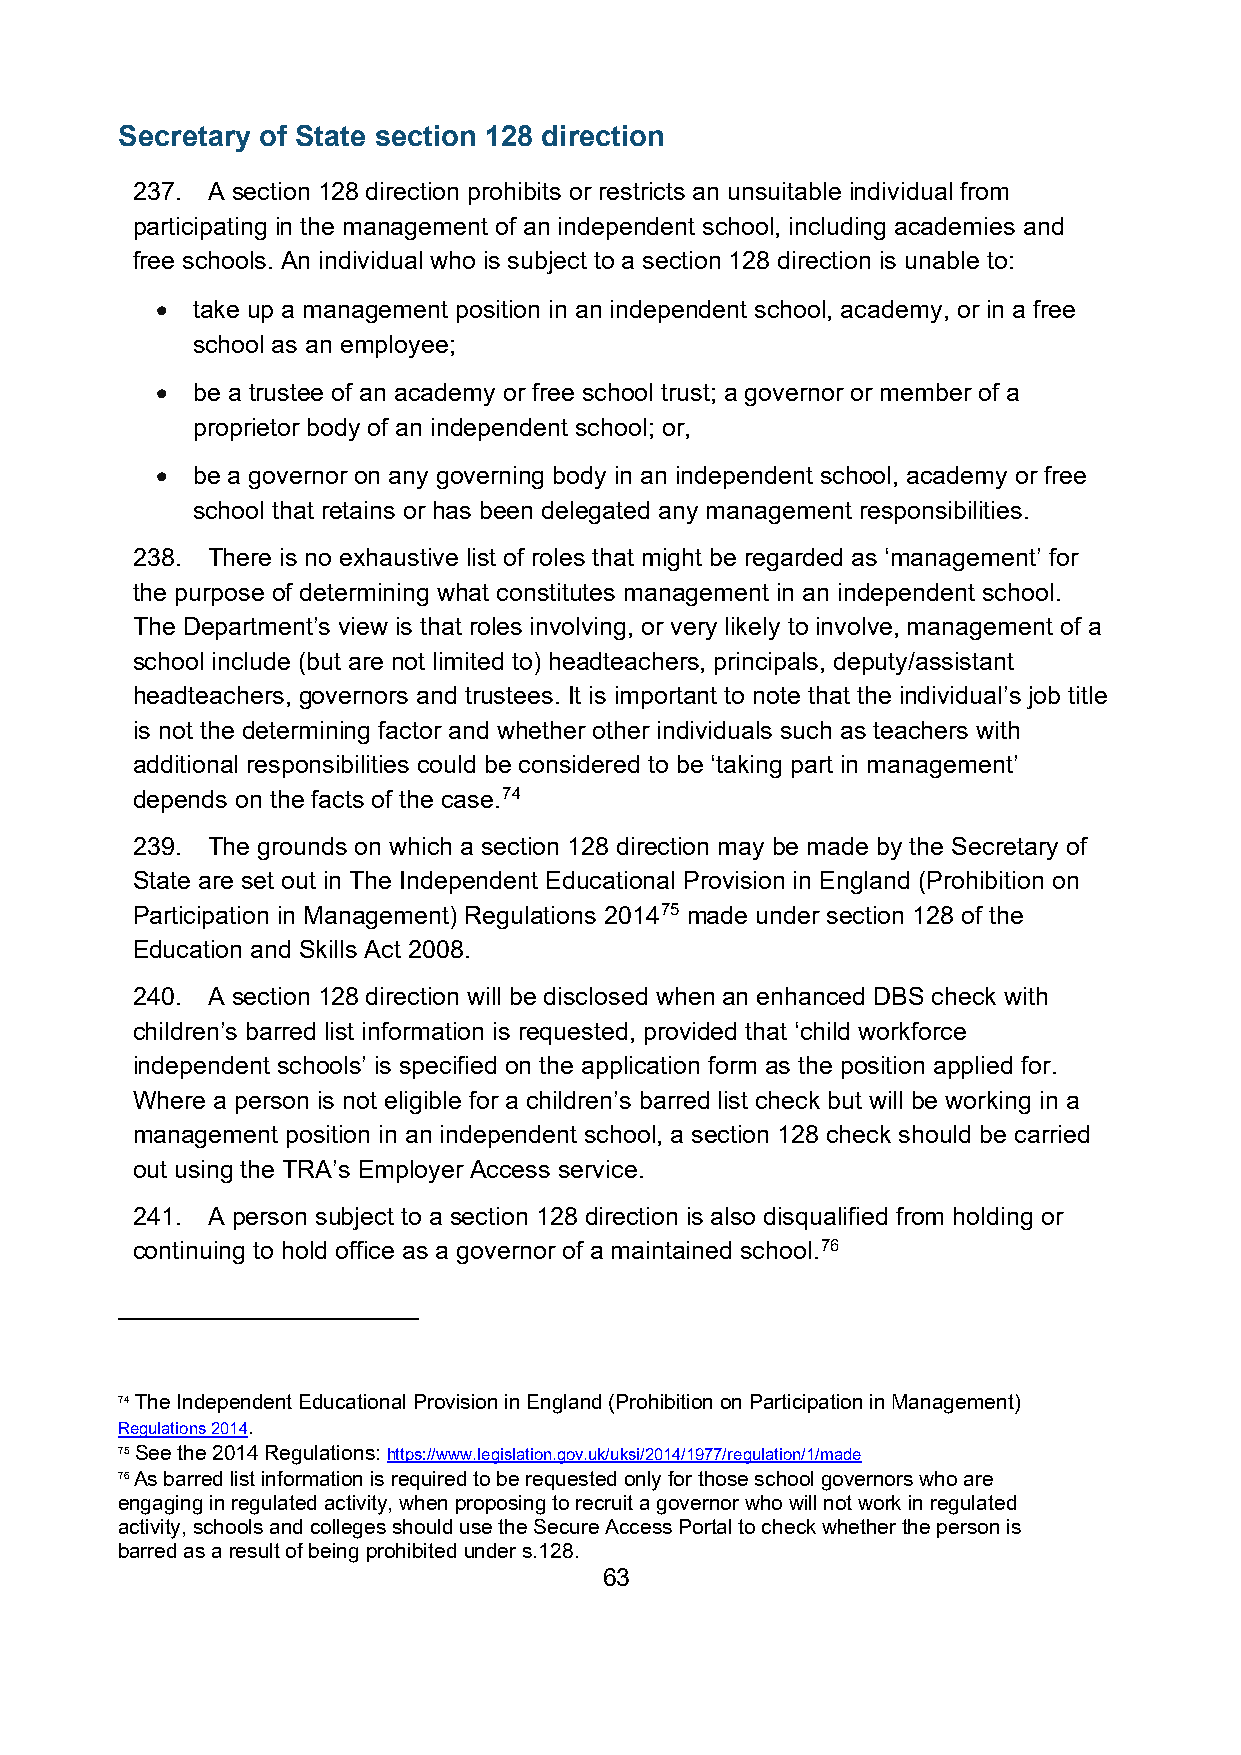
Secretary of State section 128 direction
 237. A section 128 direction prohibits or restricts an unsuitable individual from
 participating in the management of an independent school, including academies and
 free schools. An individual who is subject to a section 128 direction is unable to:
 •  take up a management position in an independent school, academy, or in a free
 school as an employee;
 •  be a trustee of an academy or free school trust; a governor or member of a
 proprietor body of an independent school; or,
 •  be a governor on any governing body in an independent school, academy or free
 school that retains or has been delegated any management responsibilities.
 238. There is no exhaustive list of roles that might be regarded as ‘management’ for
 the purpose of determining what constitutes management in an independent school.
 The Department’s view is that roles involving, or very likely to involve, management of a
 school include (but are not limited to) headteachers, principals, deputy/assistant
 headteachers, governors and trustees. It is important to note that the individual’s job title
 is not the determining factor and whether other individuals such as teachers with
 additional responsibilities could be considered to be ‘taking part in management’
 depends on the facts of the case.74
 239. The grounds on which a section 128 direction may be made by the Secretary of
 State are set out in The Independent Educational Provision in England (Prohibition on
 Participation in Management) Regulations 201475 made under section 128 of the
 Education and Skills Act 2008.
 240. A section 128 direction will be disclosed when an enhanced DBS check with
 children’s barred list information is requested, provided that ‘child workforce
 independent schools’ is specified on the application form as the position applied for.
 Where a person is not eligible for a children’s barred list check but will be working in a
 management position in an independent school, a section 128 check should be carried
 out using the TRA’s Employer Access service.
 241. A person subject to a section 128 direction is also disqualified from holding or
 continuing to hold office as a governor of a maintained school.76
 74 The Independent Educational Provision in England (Prohibition on Participation in Management)
 Regulations 2014.
 75 See the 2014 Regulations: https://www.legislation.gov.uk/uksi/2014/1977/regulation/1/made
 76 As barred list information is required to be requested only for those school governors who are
 engaging in regulated activity, when proposing to recruit a governor who will not work in regulated
 activity, schools and colleges should use the Secure Access Portal to check whether the person is
 barred as a result of being prohibited under s.128.
 63